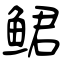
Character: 鲪